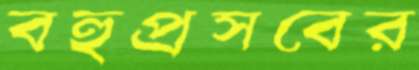
বহুপ্রসবের